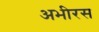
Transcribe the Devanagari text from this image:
अभीरस